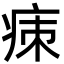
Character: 㾊